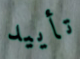
تأييد